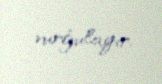
vurğulayır.